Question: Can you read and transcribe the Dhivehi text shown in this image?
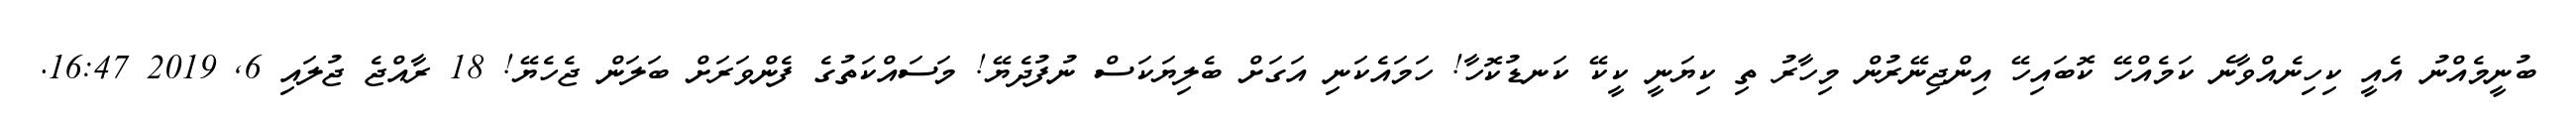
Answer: ބުނީމެއްނު އެއީ ކިހިނެއްވާނެ ކަމެއްހޭ ކޮބައިހޭ އިންޖިނޭރުން މިހާރު ތި ކިޔަނީ ކީކޭ ކަނޑުކޮހާ! ހަމައެކަނި އަގަށް ބެލިޔަކަސް ނުފުދެޔޭ! މަސައްކަތުގެ ފެންވަރަށް ބަލަން ޖެހެޔޭ! 18 ރާއްޖެ ޖުލައި 6, 2019 16:47.